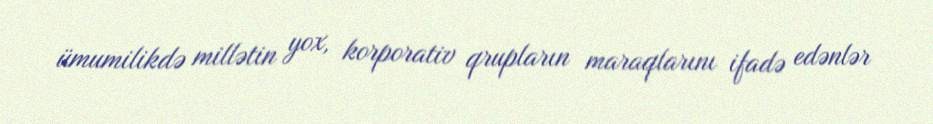
ümumilikdə millətin yox, korporativ qrupların maraqlarını ifadə edənlər